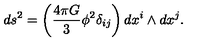
d s ^ { 2 } = \left( \frac { 4 \pi G } { 3 } \phi ^ { 2 } \delta _ { i j } \right) d x ^ { i } \wedge d x ^ { j } .